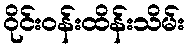
ဝိုင်းဝန်းထိန်းသိမ်း